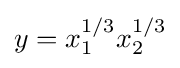
y=x_{1}^{1/3}x_{2}^{1/3}